Annual statistical returns and brief notes on vaccination in Bengal - 1909-1929
Year: 1909
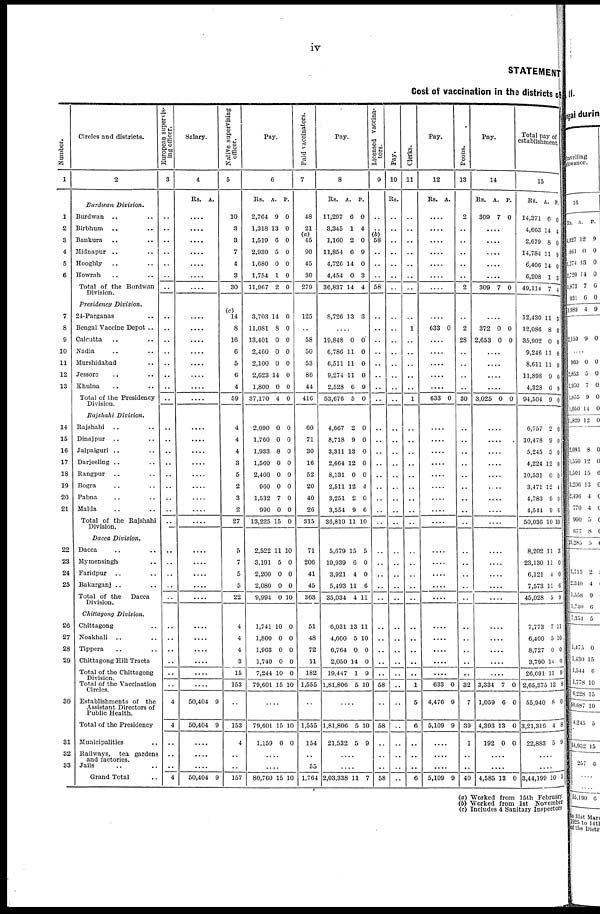
iv
STATEMENT
Cost of vaccination in the districts of
Number.
1
1
2
3
4
5
6
7
8
9
10
11
12
13
14
15
16
17
18
19
20
21
22
23
24
25
26
27
28
29
30
31
32
33
Circles and districts.
2
Burdwan Division.
Burdwan .. ..
Birbhum .. ..
Bankura .. ..
Midnapur .. ..
Hooghly .. ..
Howrah .. ..
Total of the Burdwan
Division.
Presidency Division.
24-Parganas .. ..
Bengal Vaccine Depot ..
Calcutta .. ..
Nadia .. ..
Murshidabad .. ..
Jessore .. ..
Khulna .. ..
Total of the Presidency
Division.
Rajshahi Division.
Rajshahi .. ..
Dinajpur .. ..
Jalpaiguri .. ..
Darjeeling .. ..
Rangpur .. ..
Bogra .. ..
Pabna .. ..
Malda .. ..
Total of the Rajshahi
Division.
Dacca Division.
Dacca .. ..
Mymensingh .. ..
Faridpur .. ..
Bakarganj .. ..
Total of the Dacca
Division.
Chittagong Division.
Chittagong .. ..
Noakhali .. ..
Tippera .. ..
Chittagong Hill Tracts
Total of the Chittagong
Division.
Total of the Vaccination
Circles.
Establishments of the
Assistant Directors of
Public Health.
Total of the Presidency
Municipalities ..
Railways, tea gardens
and factories.
Jails .. ..
Grand Total ..
European supervis-
ing officer.
3
..
..
..
..
..
..
..
..
..
..
..
..
..
..
..
..
..
..
..
..
..
..
..
..
..
..
..
..
..
..
..
..
..
..
..
4
4
..
..
..
4
Salary.
4
Rs. A.
....
....
....
....
....
....
....
....
....
....
....
....
....
....
....
..
..
..
..
..
..
..
..
..
..
..
..
..
..
..
..
..
..
..
..
50,404
50,404
9
9
....
....
....
50,404 9
Native supervising
officer.
5
10
3
3
7
4
3
30
(c)
14
8
10
6
5
6
4
59
4
4
4
3
5
2
3
2
27
5
7
5
5
22
4
4
4
3
15
153
..
153
4
..
..
157
Pay.
6
Rs. A. P.
2,764
1,318
1,519
2,930
1,680
1,754
11,967
9
13
6
5
0
1
2
0
0
0
0
0
0
0
3,703
11,081
13,401
2,460
2,100
2,623
1,800
37,170
14
8
0
0
0
14
0
4
0
0
0
0
0
0
0
0
2,090
1,760
1,933
1,560
2,400
960
1,532
990
13,225
0
0
8
0
0
0
7
0
15
0
0
0
0
0
0
0
0
0
2,522
3,191
2,200
2,080
9,994
11
5
0
0
0
10
0
0
0
10
1,741
1,800
1,963
1,740
7,244
79,601
10
0
0
0
10
15
0
0
0
0
0
10
....
79,601
1,159
15
0
10
0
....
....
80,760 15 10
Paid vaccinators.
7
48
21
(a)
45
90
45
30
279
125
..
58
50
53
86
44
416
60
71
30
16
52
20
40
26
315
71
206
41
45
363
51
48
72
11
182
1,555
..
1,555
154
..
55
1,764
Pay.
8
Rs. A. P.
11,297
3,345
1,160
11,854
4,726
4,454
36,837
6
1
2
6
14
0
14
0
4
0
9
0
3
4
8,726 13 3
....
19,848
6,786
6,511
9,274
2,528
53,676
0
11
11
11
6
5
0
0
0
0
9
0
4,667
8,718
3,311
2,664
8,131
2,511
3,251
3,554
36,810
2
9
13
12
0
12
2
9
11
0
0
0
0
0
4
0
6
10
5,679
19,939
3,921
5,493
35,034
15
6
4
11
4
5
0
0
6
11
6,031
4,600
6,764
2,050
19,447
1,81,806
13
5
0
14
1
5
11
10
0
0
9
10
....
1,81,806
21,532
5
5
10
9
..
....
2,03,338 11 7
Licensed Vaccina-
tors.
9
..
..
(b)
58
..
..
..
58
..
..
..
..
..
..
..
..
..
..
..
..
..
..
..
..
..
..
..
..
..
..
..
..
..
..
..
58
..
58
..
..
..
58
Pay.
10
Rs.
..
..
..
..
..
..
..
..
..
..
..
..
..
..
..
..
..
..
..
..
..
..
..
..
..
..
..
..
..
..
..
..
..
..
..
..
..
..
..
..
..
Clerks.
11
..
..
..
..
..
..
..
..
1
..
..
..
..
..
1
..
..
..
..
..
..
..
..
..
..
..
..
..
..
..
..
..
..
..
1
5
6
..
..
..
6
Pay.
12
Rs. A.
....
....
....
....
....
....
....
....
633 0
....
....
....
....
....
633 0
....
....
....
....
....
....
....
....
....
....
....
....
....
....
....
....
....
....
....
633
4,476
5,109
0
9
9
....
....
....
5,109 9
Peons.
13
2
..
..
..
..
..
2
..
2
28
..
..
..
..
30
..
..
..
..
..
..
..
..
..
..
..
..
..
..
..
..
..
..
..
32
7
39
1
..
..
40
Pay.
14
Rs. A. P.
309 7 0
....
....
....
....
....
309 7 0
....
372
2,653
0
0
0
0
....
....
....
....
3,025 0 0
....
....
....
....
....
....
....
....
....
....
....
....
....
....
....
....
....
....
....
3,334
1,059
4,393
192
7
6
13
0
0
0
0
0
....
....
4,585 13 0
Total pay of
establishment.
15
Rs. A. P.
14,371
4,663
2,679
14,784
6,406
6,208
49,114
6
14
8
11
14
1
7
0
4
0
9
0
3
4
12,430
12,086
35,902
9,246
8,611
11,898
4,328
94,504
11
8
0
11
11
9
6
9
3
0
0
0
0
0
9
0
6,757
10,478
5,245
4,224
10,531
3,471
4,783
4,544
50,036
2
9
5
12
0
12
9
9
10
0
0
0
0
0
4
0
6
10
8,202
23,130
6,121
7,573
45,028
11
11
4
11
5
3
0
0
6
9
7,773
6,400
8,727
3,790
26,691
2,65,375
55,940
3,21,316
22,883
7
5
0
14
11
12
8
4
5
11
10
0
0
9
8
0
8
9
....
3,44,199 10 5
(a) Worked from 15th February
(b)Worked
from 1st November
(c) Includes 4 Sanitary Inspectors